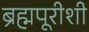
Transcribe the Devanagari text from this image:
ब्रह्मपूरीशी